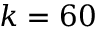
k = 6 0